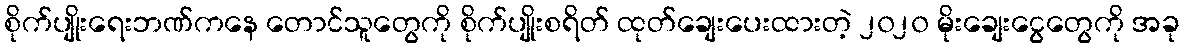
စိုက်ပျိုးရေးဘဏ်ကနေ တောင်သူတွေကို စိုက်ပျိုးစရိတ် ထုတ်ချေးပေးထားတဲ့ ၂၀၂၀ မိုးချေးငွေတွေကို အခု